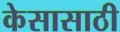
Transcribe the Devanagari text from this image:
केसासाठी